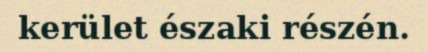
kerület északi részén.